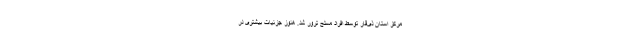
مرکز استان ذی‌قار توسط افراد مسلح ترور شد. هنوز جزئیات بیشتری در